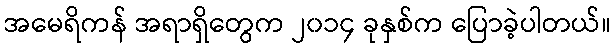
အမေရိကန် အရာရှိတွေက ၂၀၁၄ ခုနှစ်က ပြောခဲ့ပါတယ်။